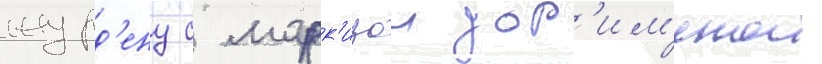
журд'ену с марк'изои дор'им'енои